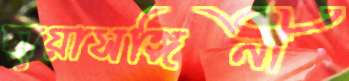
ছায়াসঙ্গিনী